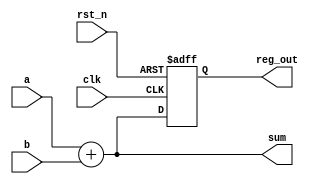
module example (
    input wire clk,        // Clock input
    input wire rst_n,     // Active-low reset
    input wire [3:0] a,   // 4-bit input
    input wire [3:0] b,   // 4-bit input
    output reg [3:0] sum, // 4-bit output for sum
    output reg [3:0] reg_out // 4-bit output for register
);

// Combinational Logic: Sum of two inputs
always @* begin
    sum = a + b; // Continuous assignment for combinational logic
end

// Sequential Logic: Register with reset
always @(posedge clk or negedge rst_n) begin
    if (!rst_n) begin
        reg_out <= 4'b0000; // Asynchronous reset
    end else begin
        reg_out <= sum; // Load the sum into the register on the clock edge
    end
end

endmodule